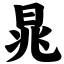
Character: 晁